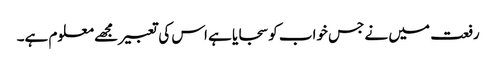
رفعت میں نے جس خواب کو سجایا ہے اس کی تعبیر مجھے معلوم ہے۔